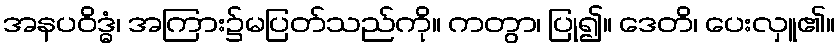
အနပဝိဒ္ဓံ၊ အကြား၌မပြတ်သည်ကို။ ကတွာ၊ ပြု၍။ ဒေတိ၊ ပေးလှူ၏။